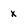
Character: x